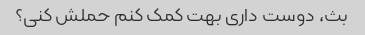
بث، دوست داری بهت کمک کنم حملش کنی؟